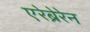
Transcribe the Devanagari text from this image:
एरेब्रेरेन